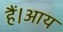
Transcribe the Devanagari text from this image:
हैं।आय